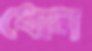
ধোন